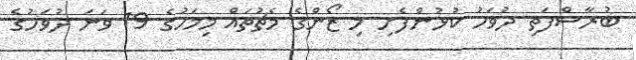
ބުރާސްފަތި ދުވަހު ކުޅުންފެށި މި ޒޯންގެ މެޗުތައް މިމަހުގެ 19 ވަނަ ދުވަހުގެ